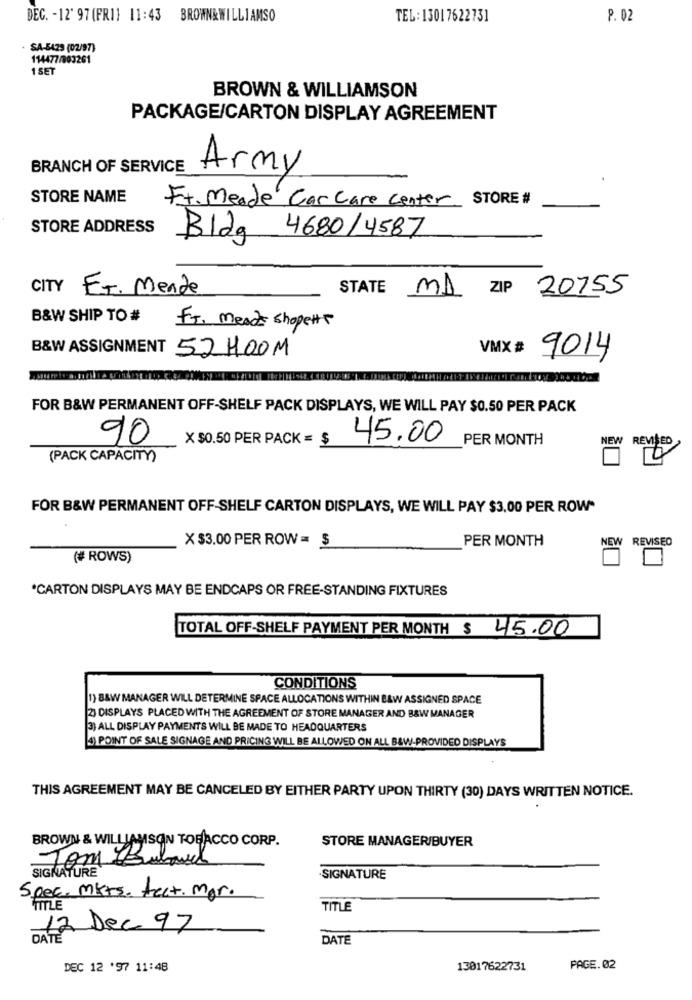
DEC. - 12' 97 (FRI] 11:43 BROWN&WILLIAMSO
TEL:13017622731
P. 02
. SA-5429 (02/97)
114477/803261
1 SET
BROWN & WILLIAMSON
PACKAGE/CARTON DISPLAY AGREEMENT
BRANCH OF SERVICE
Army
STORE NAME
Ft. Meade Car Care Center STORE #
STORE ADDRESS
Bldg
4680/4587
CITY ET. Mende
STATE
MI ZIP 20155
B&W SHIP TO #
FT. Mead shopett
VMX #
B&W ASSIGNMENT 52 H00M
9014
FOR B&W PERMANENT OFF-SHELF PACK DISPLAYS, WE WILL PAY $0.50 PER PACK
90
X $0.50 PER PACK = $
45.00
PER MONTH
NEW REVISED
(PACK CAPACITY)
FOR B&W PERMANENT OFF-SHELF CARTON DISPLAYS, WE WILL PAY $3.00 PER ROW"
X $3.00 PER ROW = $
PER MONTH
NEW REVISED
(# ROWS)
*CARTON DISPLAYS MAY BE ENDCAPS OR FREE-STANDING FIXTURES
TOTAL OFF-SHELF PAYMENT PER MONTH $ 45.00
CONDITIONS
1) B&W MANAGER WILL DETERMINE SPACE ALLOCATIONS WITHIN B&W ASSIGNED SPACE
2) DISPLAYS PLACED WITH THE AGREEMENT OF STORE MANAGER AND B&W MANAGER
3) ALL DISPLAY PAYMENTS WILL BE MADE TO HEADQUARTERS
POINT OF SALE SIGNAGE AND PRICING WILL BE ALLOWED ON ALL B&W-PROVIDED DISPLAYS
THIS AGREEMENT MAY BE CANCELED BY EITHER PARTY UPON THIRTY (30) DAYS WRITTEN NOTICE.
BROWN & WILLIAMSON TOBACCO CORP.
STORE MANAGER/BUYER
Tom Bul
SIGNATURE
SIGNATURE
Spec. mkts. feat. mor.
TITLE
TITLE
12 Dec. 97
DATE
DEC 12 '97 11:48
13017622731
PAGE. 02